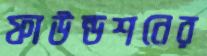
ফাউন্ডশনের